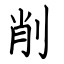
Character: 削